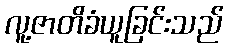
လူ့ဇာတိခံယူခြင်းသည်